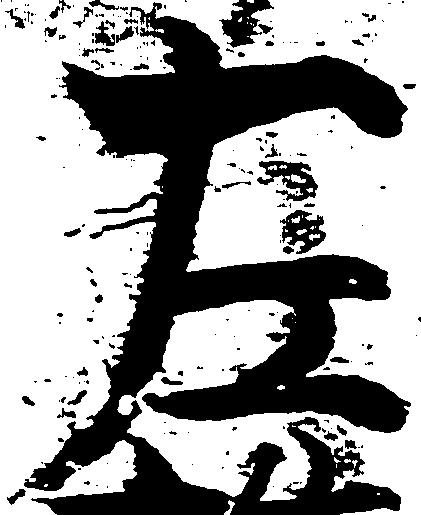
左